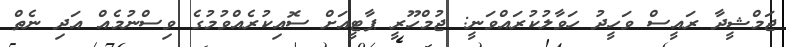
ޖަމްޝީދާ ރައީސް ވަހީދު ހަވާލުކުރައްވަނީ: ޖުމްހޫރީ ޕާޓީއަށް ސޮއިކުރެއްވުމުގެ ވިސްނުމެއް އަދި ނެތް